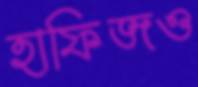
হাফিজও